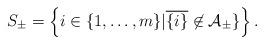
LaTeX: \begin{align*}S_\pm=\left\{i\in \{1,\ldots,m\}|\overline{\{i\}}\not\in \mathcal A_{\pm}\}\right\}.\end{align*}